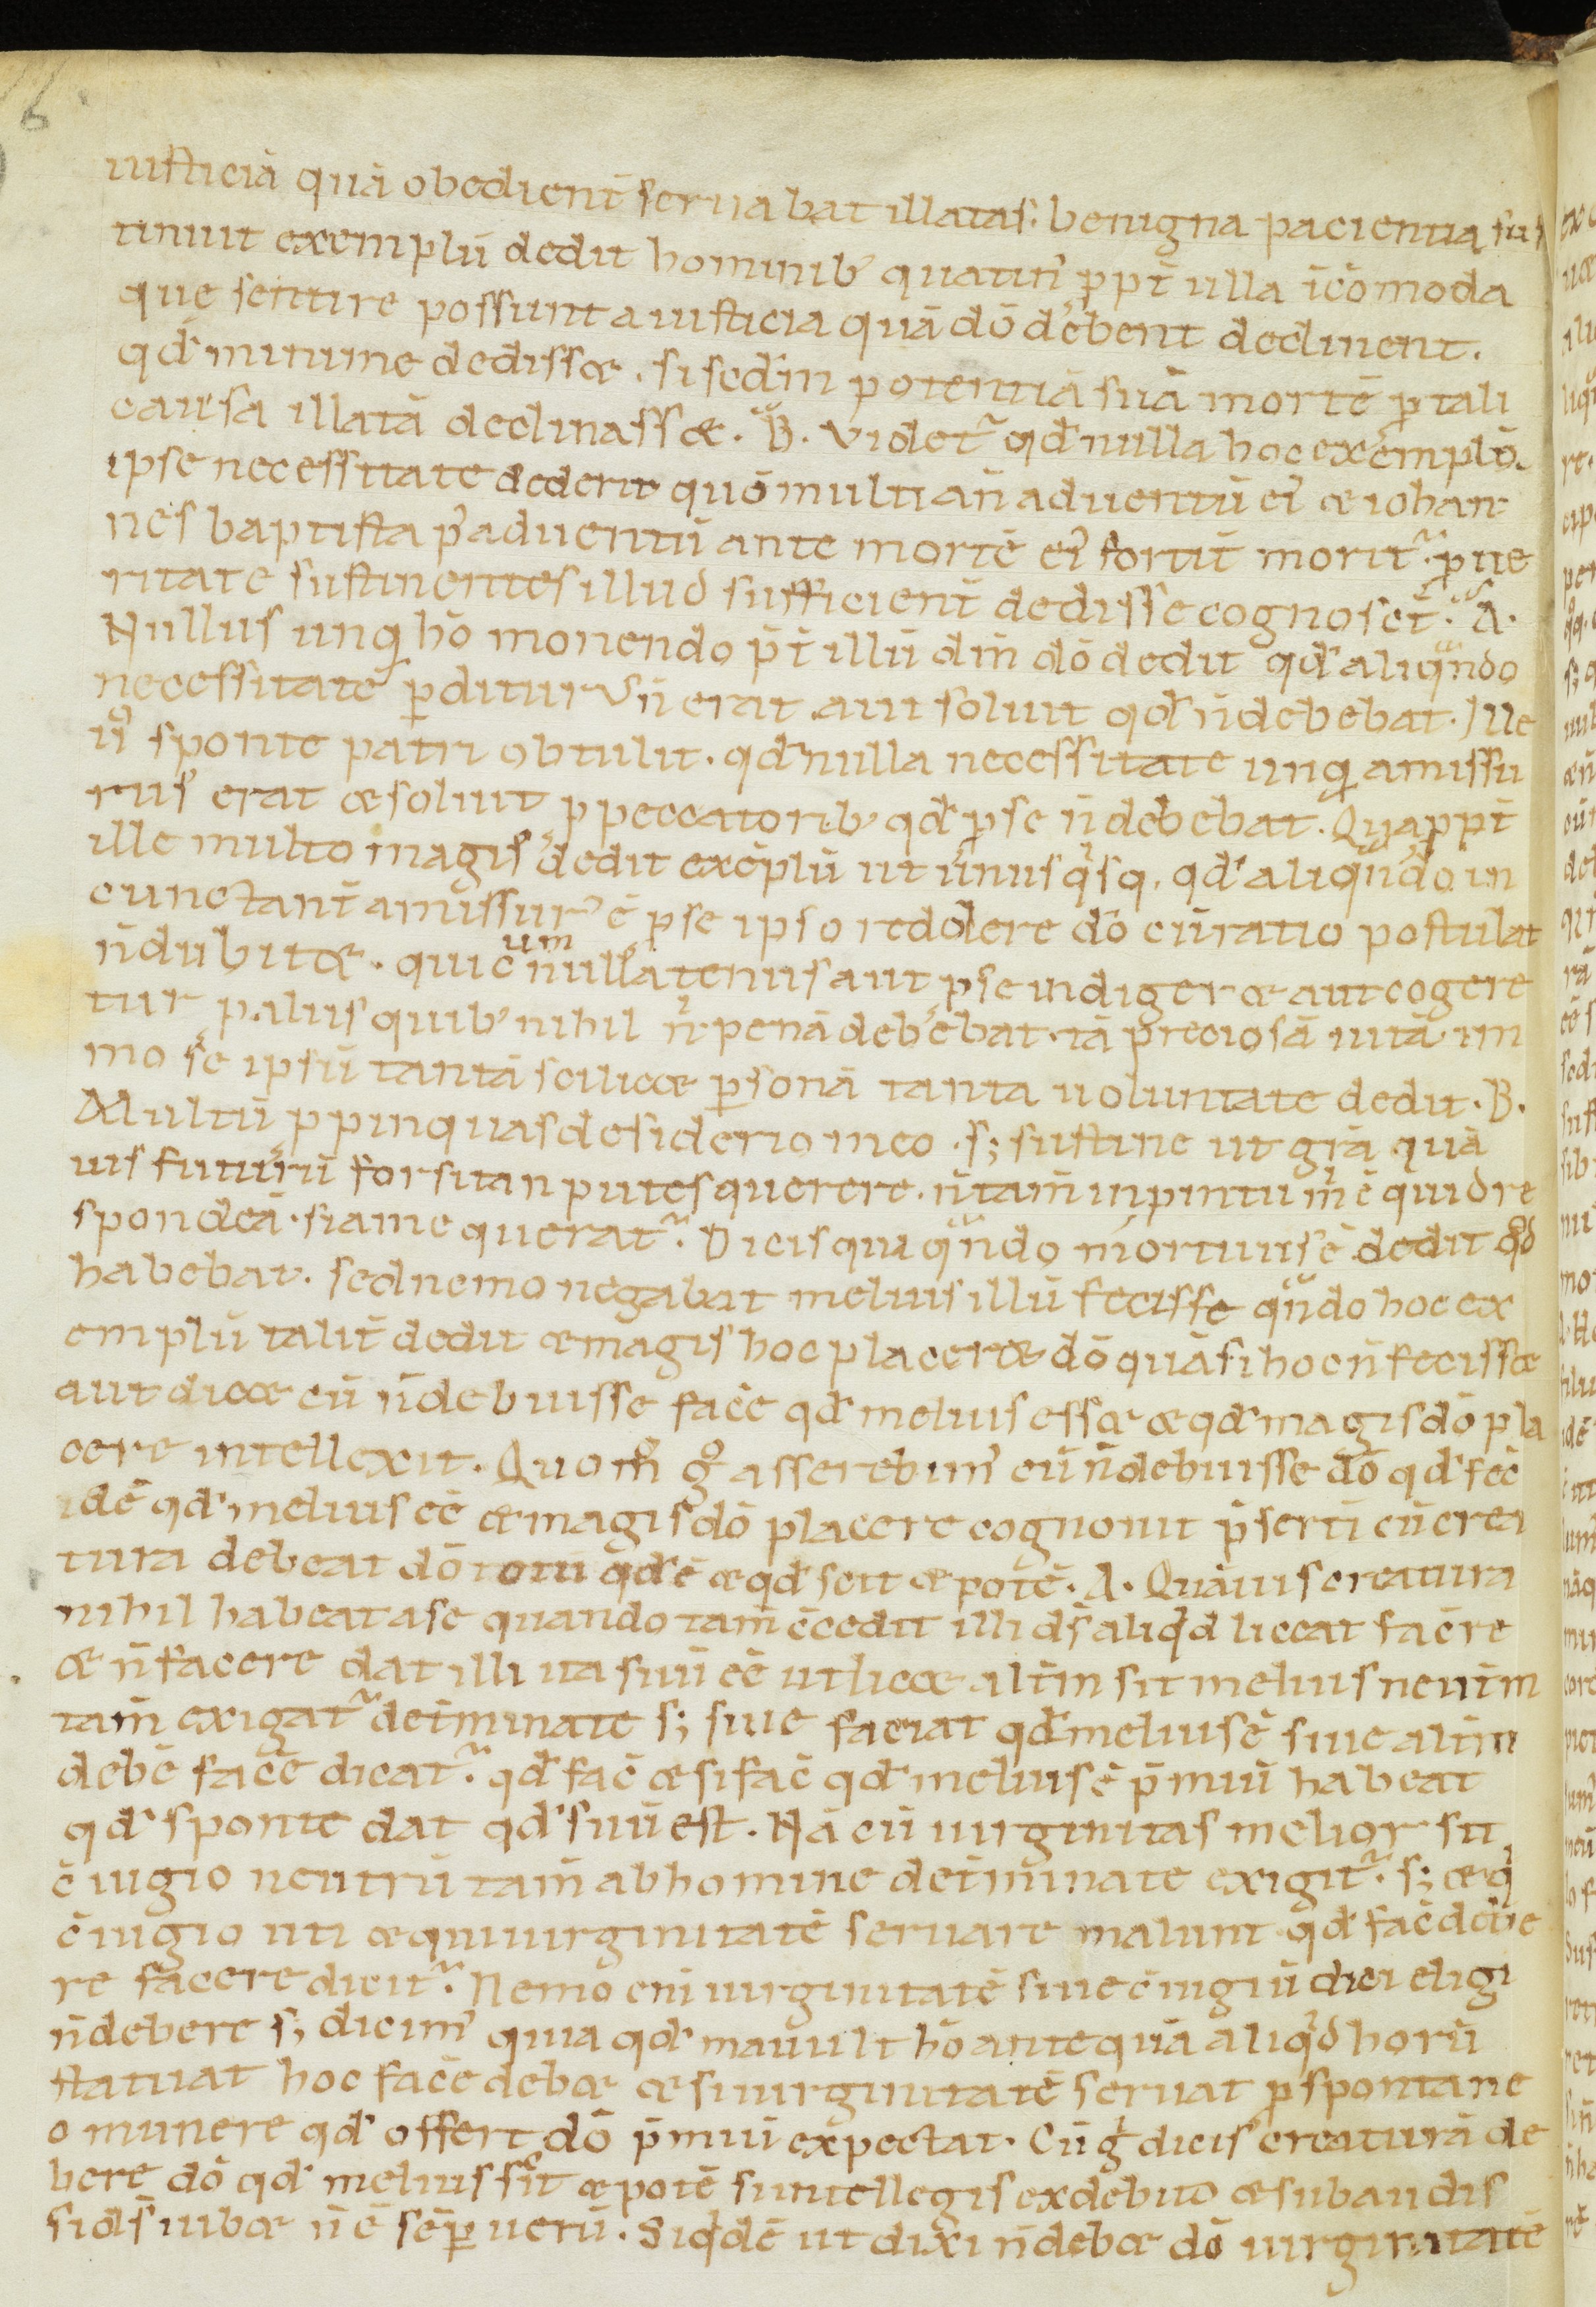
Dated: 1100–1199